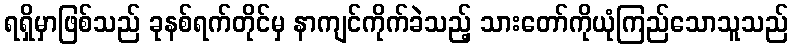
ရရှိမှာဖြစ်သည် ခုနစ်ရက်တိုင်မှ နာကျင်ကိုက်ခဲသည့် သားတော်ကိုယုံကြည်သောသူသည်